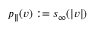
p _ { \parallel } ( v ) : = s _ { \infty } ( | v | )